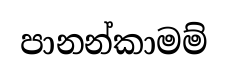
පානන්කාමම්